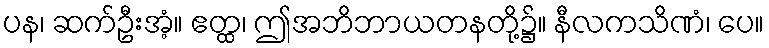
ပန၊ ဆက်ဦးအံ့။ ဧတ္ထ၊ ဤအဘိဘာယတနတို့၌။ နီလကသိဏံ၊ ပေ။